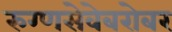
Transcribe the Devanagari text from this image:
रुग्णसेवेबरोबर